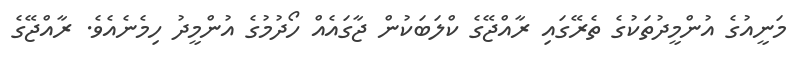
މަނީއުގެ އުންމީދުތަކުގެ ތެރޭގައި ރާއްޖޭގެ ކްލަބަކުން ޖާގައެއް ހޯދުމުގެ އުންމީދު ހިމެނެއެވެ. ރާއްޖޭގެ